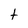
Character: t